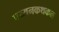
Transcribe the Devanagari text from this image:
पय्यनकथकळ